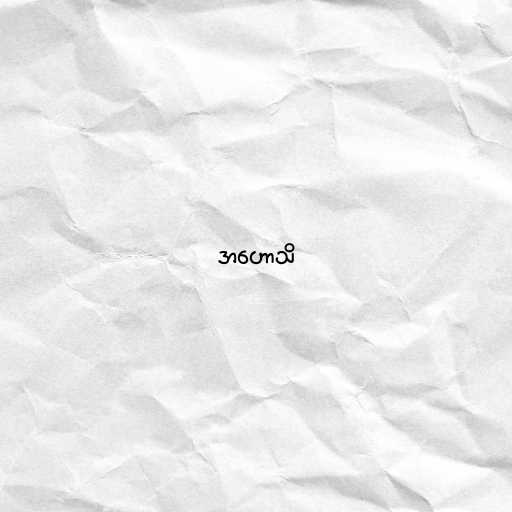
အဟောသိ